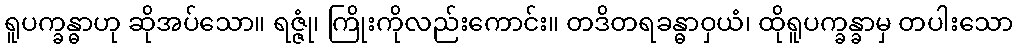
ရူပက္ခန္ဓာဟု ဆိုအပ်သော။ ရဇ္ဇုံ၊ ကြိုးကိုလည်းကောင်း။ တဒိတရခန္ဓာဝှယံ၊ ထိုရူပက္ခန္ခာမှ တပါးသော